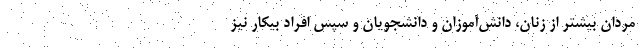
مردان بیشتر از زنان، دانش‌آموزان و دانشجویان و سپس افراد بیکار نیز